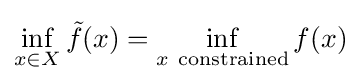
\inf _{x\in X}{\tilde {f}}(x)=\inf _{x\ \mathrm {constrained} }f(x)